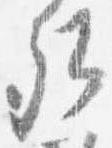
卿